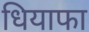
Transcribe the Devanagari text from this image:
धियाफा